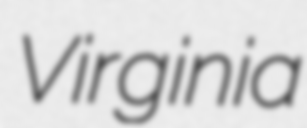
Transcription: Virginia